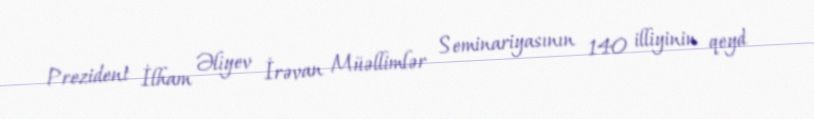
Prezident İlham Əliyev İrəvan Müəllimlər Seminariyasının 140 illiyinin qeyd